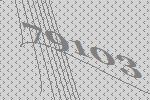
79103